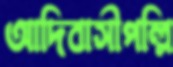
আদিবাসীপল্লি